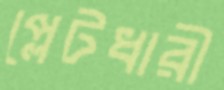
প্লেটধারী